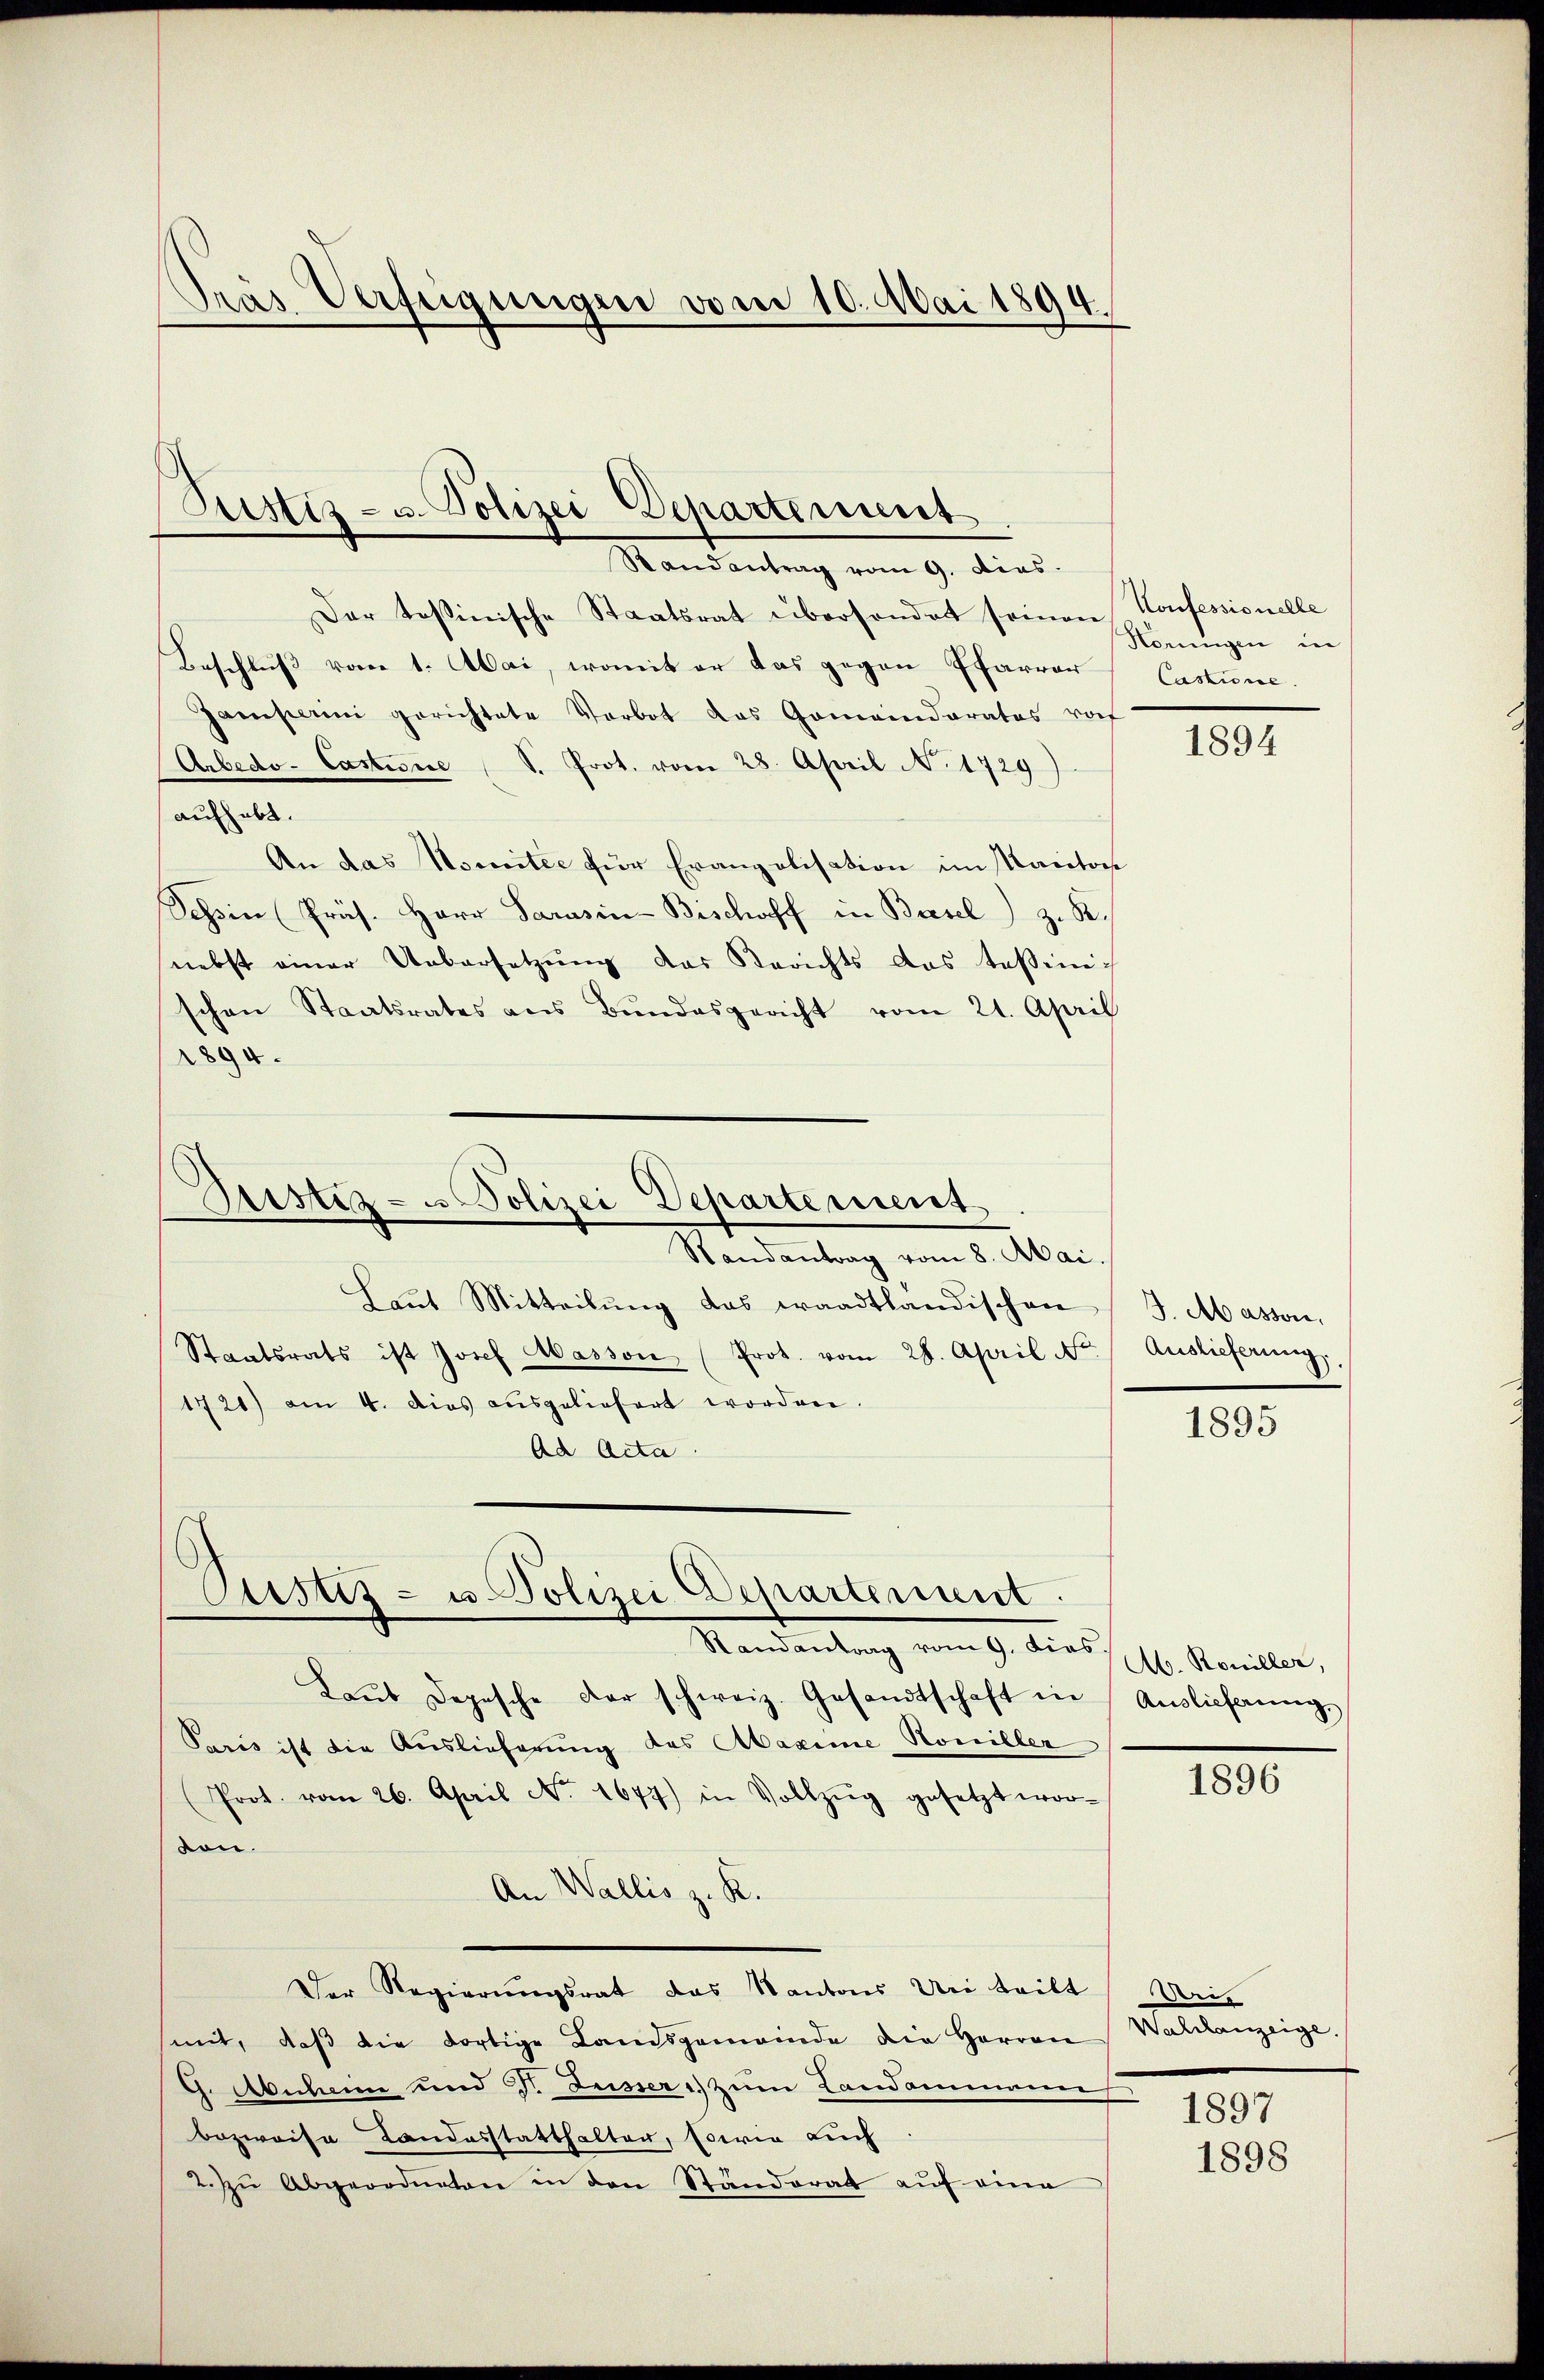
dras Verfeigungen vom 10. Mai 1894.

Justiz- u. Polizei Departement.
Randantrag vom 9. dies

Dar testinische Staatsrat übersonder somon Konfessionelle
Beschluß vom 1. Mai, womit er das gegen Pfarrer
Gamperini gerichtete Verbot das Gemeinderates rof
Arbedo- Castione S. Prot. vom 28. April N. 1729
aufhabt.
An das Nomitee für Erangelisation im Kanton
Schin (Präs. Herr Parasin-Bischoff in Basel) z. B.
nebst einer Uebersetzŭng das Berichts das Teßinischen Staatsrates ans Bŭndesgericht vom 21. April
1894.

Justiz - Polizei Departement
Randantrag vom 8. Mai.

Astiz- u. Polizei Departement.
Randantrag vom 9. dies

Laut Mitteilung das waadtländischen
Staatsrats ist Josef Masson (Prot. vom 28. April Nr.
1721) am 4. dies aŭsgeliefert worden.
Ad Acta

Laŭb Depesche der schweiz. Gesandtschaft in Auslieferŭng.
Paris ist die Auslieferung das Maxime Rouiller
Prot. vom 26. April No. 1677) in Vollzŭg gesetzt wor-
von.
An Wallis z. K.
Der Regierungsrat das Kantons Uni teilt
mit, daß die dortige Landsgemeinde die Herren
G. Abschen und Dr. Lussers zum Landammanne
bezweise Landesstatthalter, sowie auch
2. Zu Abgeordneten in den Standorat auf eine

Koringen in
Caszione.

1894

J. Massen,
Auslieferung

1895

Ab. Rouiller,

1896

hei
Walilanzeige.
1897

1898